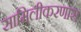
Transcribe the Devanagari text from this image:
सामिलीकरणास